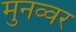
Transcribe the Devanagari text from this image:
मुनव्‍वर